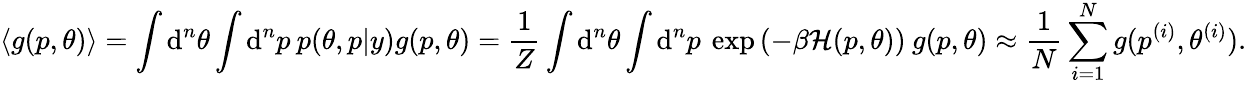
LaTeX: \langle g(p,\theta)\rangle=\int\mathrm{d}^{n}\theta\int\mathrm{d}^{n}p\: p(\theta,p|y)g(p,\theta)=\frac{1}{Z}\int\mathrm{d}^{n}\theta\int\mathrm{d}^{n}p\: \exp{(-\beta\mathcal{H}(p,\theta))}\: g(p,\theta)\approx\frac{1}{N}\sum_{i=1}^{N}g(p^{(i)},\theta^{(i)}).